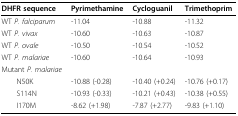
| DHFR sequence | Pyrimethamine | Cycloguanil | Trimethoprim |
 | --- | --- | --- | --- |
 | WT P. falciparum | -11.04 | -10.88 | -11.32 |
 | WT P. vivax | -10.60 | -10.63 | -10.87 |
 | WT P. ovale | -10.50 | -10.54 | -10.52 |
 | WT P. malariae | -10.60 | -10.64 | -10.93 |
 | Mutant P. malariae |  |  |  |
 | N50K | -10.88 (-0.28) | -10.40 (+0.24) | -10.76 (+0.17) |
 | S114N | -10.93 (-0.33) | -10.21 (+0.43) | -10.38 (+0.55) |
 | I170M | -8.62 (+1.98) | -7.87 (+2.77) | -9.83 (+1.10) |